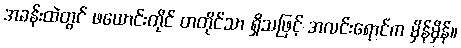
အခန်းထဲတွင် ဖယောင်းတိုင် တတိုင်သာ ရှိသဖြင့် အလင်းရောင်က မှိန်မှိန်။